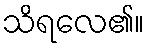
သိရလေ၏။